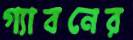
গ্যাবনের